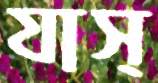
যাস্